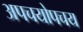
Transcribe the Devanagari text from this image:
अपचयोपचय